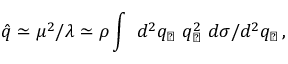
\hat { q } \simeq \mu ^ { 2 } / \lambda \simeq \rho \int ~ d ^ { 2 } q _ { \perp } ~ q _ { \perp } ^ { 2 } ~ d \sigma / d ^ { 2 } q _ { \perp } \, ,